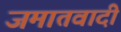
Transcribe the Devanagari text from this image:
जमातवादी